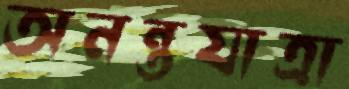
অনন্তযাত্রা